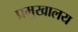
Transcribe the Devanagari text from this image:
प्रमुखालय